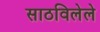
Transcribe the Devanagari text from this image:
साठविलेले